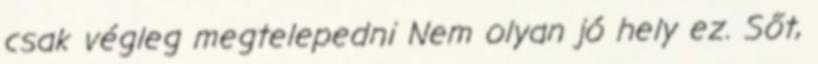
csak végleg megtelepedni Nem olyan jó hely ez. Sőt,